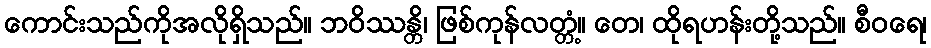
ကောင်းသည်ကိုအလိုရှိသည်။ ဘဝိဿန္တိ၊ ဖြစ်ကုန်လတ္တံ့။ တေ၊ ထိုရဟန်းတို့သည်။ စီဝရေ၊